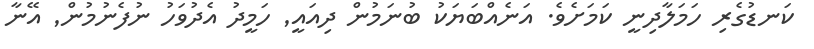
ކަނޑުގެރި ހަމަލާދިނީ ކަމަށެވެ. އަނެއްބަޔަކު ބުނަމުން ދިއައީ